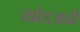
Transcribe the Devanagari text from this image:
खोडअळी